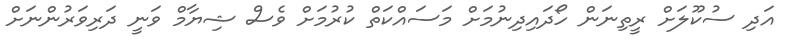
އަދި ސުކޫލަށް ރީތިނަން ހޯދައިދިނުމަށް މަސައްކަތް ކުރުމަށް ވެސް ޝިޔާމް ވަނީ ދަރިވަރުންނަށް